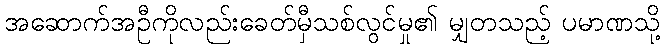
အဆောက်အဦကိုလည်းခေတ်မှီသစ်လွင်မှု၏ မျှတသည့် ပမာဏသို့